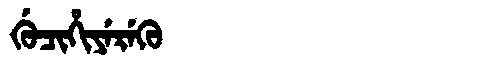
Manchu: ᡤᡠᠴᡳᡥᡳᠶᡝᡵᡝᡴᡠ
Romanization: GUCIHIYEREKU